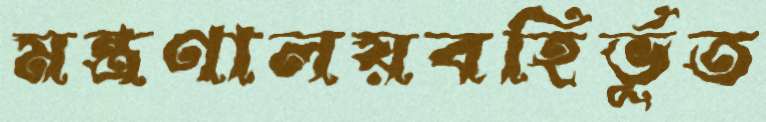
মন্ত্রণালয়বহির্ভূত